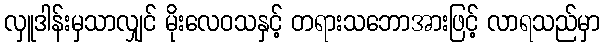
လှူဒါန်းမှသာလျှင် မိုးလေဝသနှင့် တရားသဘောအားဖြင့် လာရသည်မှာ